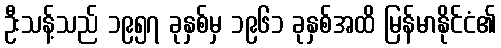
ဦးသန့်သည် ၁၉၅၇ ခုနှစ်မှ ၁၉၆၁ ခုနှစ်အထိ မြန်မာနိုင်ငံ၏